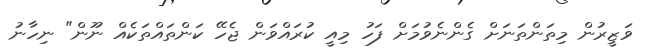
ވަޒީރުން މިތަންތަނަށް ގެންނެވުމަށް ފަހު މިއީ ކުރައްވަން ޖެހޭ ކަންތައްތަކެއް ނޫން" ނިހާނު